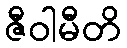
ဇီဝါမီတိ